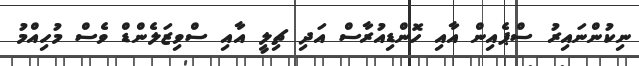
ނިކުންނައިރު ސްޕެއިން އާއި ހޮންޑިއުރާސް އަދި ޗިލީ އާއި ސްވިޒަލެންޑް ވެސް މުހިއްމު